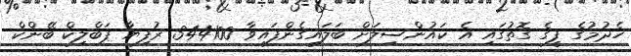
ހެދުމުގެ ފީގެ ގޮތުގައި އެ ކައުންސިލަށް ބަލައިގެންފައިވާ 344100 ރުފިޔާ ޕަބްލިކް ބޭންކް